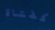
كفتاة